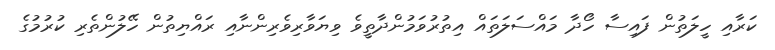
ކަރާއި ހީލަތުން ފައިސާ ހޯދާ މައްސަލަތައް އިތުރުވަމުންދާތީވެ ވިޔަވާރިވެރިންނާއި ރައްޔިތުން ހޭލުންތެރި ކުރުމުގެ